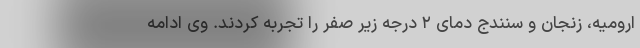
ارومیه، زنجان و سنندج دمای ۲ درجه زیر صفر را تجربه کردند. وی ادامه